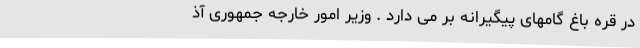
در قره باغ گامهای پیگیرانه بر می دارد . وزیر امور خارجه جمهوری آذ